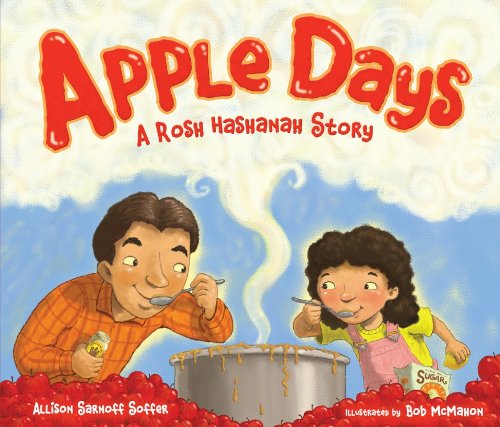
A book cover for Apple Days: A Rosh Hashanah Story (High Holidays); Allison Sarnoff Soffer; Children's Books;